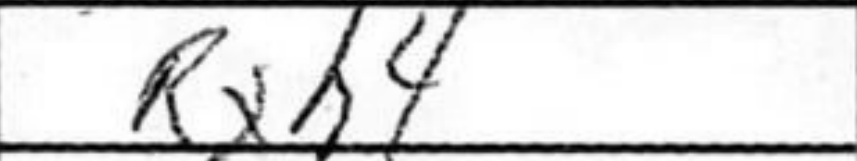
Transcription: Rxh4